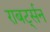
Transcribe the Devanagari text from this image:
राबर्ट्सन